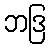
ဘဒြ